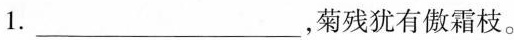
1.___，菊残犹有傲霜枝。